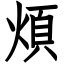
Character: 煩